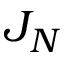
J _ { N }